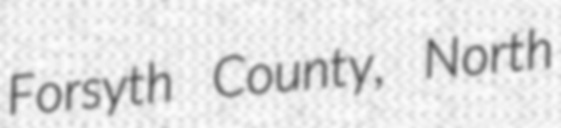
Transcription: Forsyth County, North